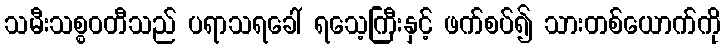
သမီးသစ္စဝတီသည် ပရာသရခေါ် ရသေ့ကြီးနှင့် ဖက်စပ်၍ သားတစ်ယောက်ကို